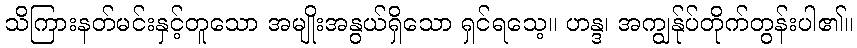
သိကြားနတ်မင်းနှင့်တူသော အမျိုးအနွယ်ရှိသော ရှင်ရသေ့။ ဟန္ဒ၊ အကျွန်ုပ်တိုက်တွန်းပါ၏။